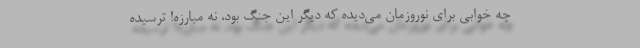
چه خوابی برای نوروزمان می‌دیده که دیگر این جنگ بود، نه مبارزه! ترسیده